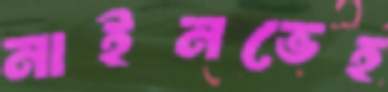
নাইনভেহ